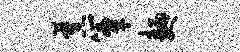
蕉簟面